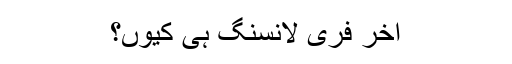
آخر فری لانسنگ ہی کیوں؟